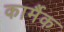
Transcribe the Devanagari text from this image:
कार्मैक